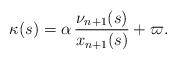
LaTeX: \begin{align*}\kappa(s)=\alpha\,\frac{\nu_{n+1}(s)}{x_{n+1}(s)}+\varpi.\end{align*}